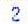
2